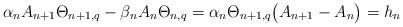
LaTeX: \begin{align*}\alpha_{n}A_{n+1}\Theta_{n+1,q}-\beta_{n} A_{n}\Theta_{n,q}=\alpha_{n}\Theta_{n+1,q}\big(A_{n+1}-A_{n}\big)=h_{n}\end{align*}